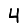
Digit: 4